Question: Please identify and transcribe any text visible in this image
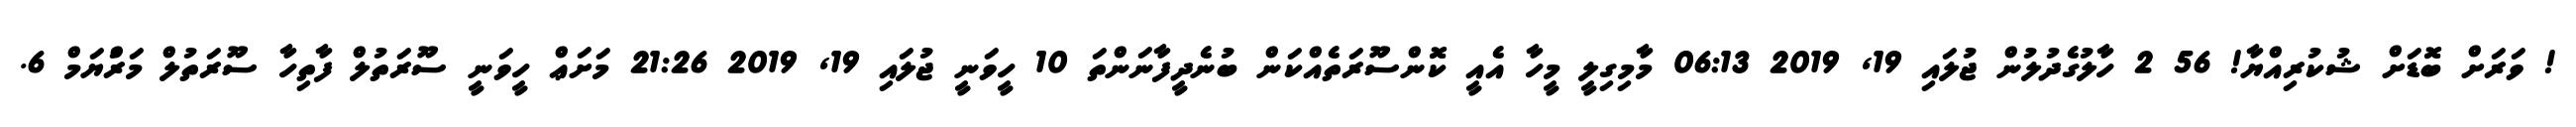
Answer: ! ވަރަށް ބޮޑަށް ޝުކުރިއްޔާ! 56 2 ހާލުގެދުލުން ޖުލައި 19, 2019 06:13 މާމިގިލީ މީހާ އެއީ ކޮންސޫރަތެއްކަން ބުނެދީފާނަންތަ 10 ހީވަނީ ޖުލައި 19, 2019 21:26 މަށަޢް ހީވަނީ ސޫރަތުލް ފާތިހާ ސޫރަތުލް މަރްުޔަމް 6.